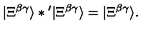
| \Xi ^ { \beta \gamma } \rangle * { } ^ { \prime } | \Xi ^ { \beta \gamma } \rangle = | \Xi ^ { \beta \gamma } \rangle .